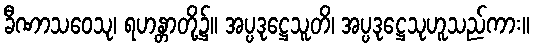
ခီဏာသဝေသု၊ ရဟန္တာတို့၌။ အပ္ပဒုဋ္ဌေသူတိ၊ အပ္ပဒုဋ္ဌေသုဟူသည်ကား။